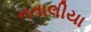
નતાલીયા